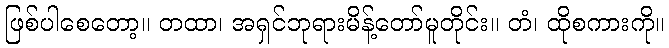
ဖြစ်ပါစေတော့။ တထာ၊ အရှင်ဘုရားမိန့်တော်မူတိုင်း။ တံ၊ ထိုစကားကို။